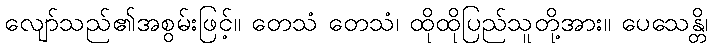
လျော်သည်၏အစွမ်းဖြင့်။ တေသံ တေသံ၊ ထိုထိုပြည်သူတို့အား။ ပေသေန္တိ၊